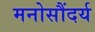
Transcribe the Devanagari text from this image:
मनोसौंदर्य